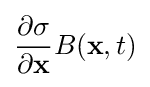
{\frac {\partial \sigma }{\partial {\mathbf {x} }}}B(\mathbf {x} ,t)